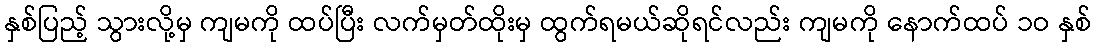
နှစ်ပြည့် သွားလို့မှ ကျမကို ထပ်ပြီး လက်မှတ်ထိုးမှ ထွက်ရမယ်ဆိုရင်လည်း ကျမကို နောက်ထပ် ၁ဝ နှစ်